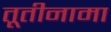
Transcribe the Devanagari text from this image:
तूतीनामा